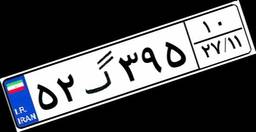
۵۲گ۳۹۵۱۰